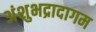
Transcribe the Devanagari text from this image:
अंशुभद्रादागम